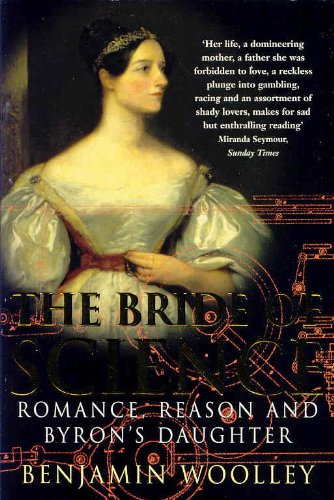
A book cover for The Bride of Science: Romance, Reason and Byron's Daughter; Benjamin Woolley; Computers & Technology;